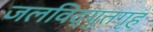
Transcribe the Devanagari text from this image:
जलविद्युतगृह